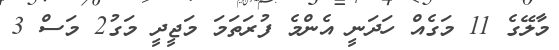
މާލޭގެ 11 މަގެއް ހަދަނީ އެންމެ ފުރަތަމަ މަޖީދީ މަގު2 މަސް 3